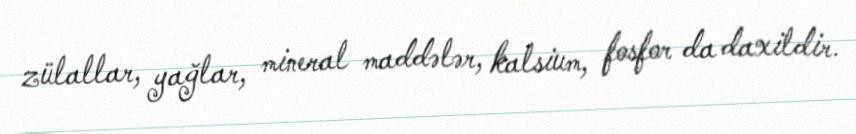
zülallar, yağlar, mineral maddələr, kalsium, fosfor da daxildir.